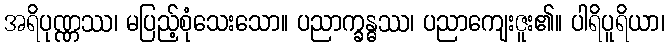
အရိပုဏ္ဏဿ၊ မပြည့်စုံသေးသော။ ပညာက္ခန္ဓဿ၊ ပညာကျေးဇူး၏။ ပါရိပူရိယာ၊